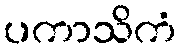
ပကာသိကံ